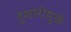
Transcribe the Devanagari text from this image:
हुशारीमुळे